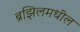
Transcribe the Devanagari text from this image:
ब्रझिलमधील